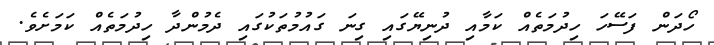
ހޯދަން ފަސޭހަ ހިދުމަތެއް ކަމާއި ދުނިޔޭގައި ގިނަ ގައުމުތަކުގައި ދެމުންދާ ހިދުމަތެއް ކަމަށެވެ.